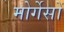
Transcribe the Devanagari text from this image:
मोर्गेसों